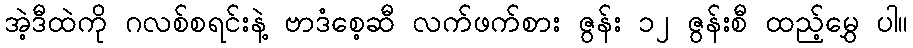
အဲ့ဒီထဲကို ဂလစ်စရင်းနဲ့ ဗာဒံစေ့ဆီ လက်ဖက်စား ဇွန်း ၁၂ ဇွန်းစီ ထည့်မွှေ ပါ။